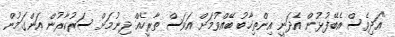
"އަދިވެސް އެބޭފުޅުން އެދަނީ އިންތިޚާބު ބޭއްވުމަށް އަވަސް ތާރީހެއް ދިނުމަށް ސަރުކާރުން އަންގަމުން